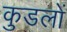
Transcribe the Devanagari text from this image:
कुडलों